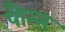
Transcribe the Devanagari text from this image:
पौम्स